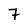
Character: 7